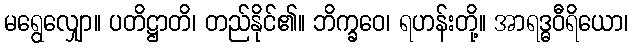
မရွေလျှော။ ပတိဋ္ဌာတိ၊ တည်နိုင်၏။ ဘိက္ခဝေ၊ ရဟန်းတို့။ အာရဒ္ဓဝီရိယော၊